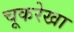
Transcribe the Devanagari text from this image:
चूकरेखा